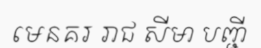
មេនគរ រាជ សីមា បញ្ជី